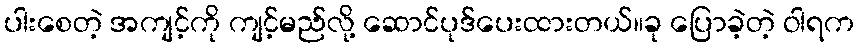
ပါးစေတဲ့ အကျင့်ကို ကျင့်မည်လို့ ဆောင်ပုဒ်ပေးထားတယ်။ခု ပြောခဲ့တဲ့ ဝါရက